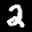
Label: 2